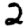
Digit: 2